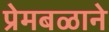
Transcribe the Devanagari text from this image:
प्रेमबळाने